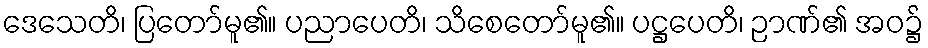
ဒေသေတိ၊ ပြတော်မူ၏။ ပညာပေတိ၊ သိစေတော်မူ၏။ ပဋ္ဌပေတိ၊ ဉာဏ်၏ အဝ၌